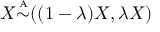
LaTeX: X { \overset { \underset { \mathrm { A } } { } } { \sim } } ( ( 1 - \lambda ) X , \lambda X )